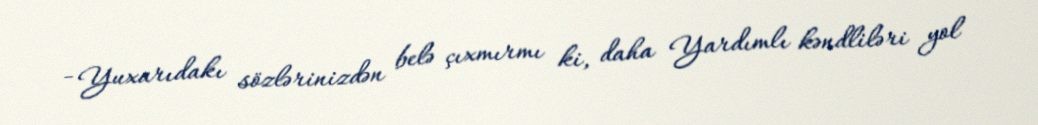
- Yuxarıdakı sözlərinizdən belə çıxmırmı ki, daha Yardımlı kəndliləri yol